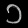
Digit: ၁